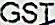
GST